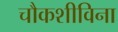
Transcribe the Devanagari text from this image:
चौकशीविना